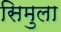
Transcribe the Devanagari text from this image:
सिमुला